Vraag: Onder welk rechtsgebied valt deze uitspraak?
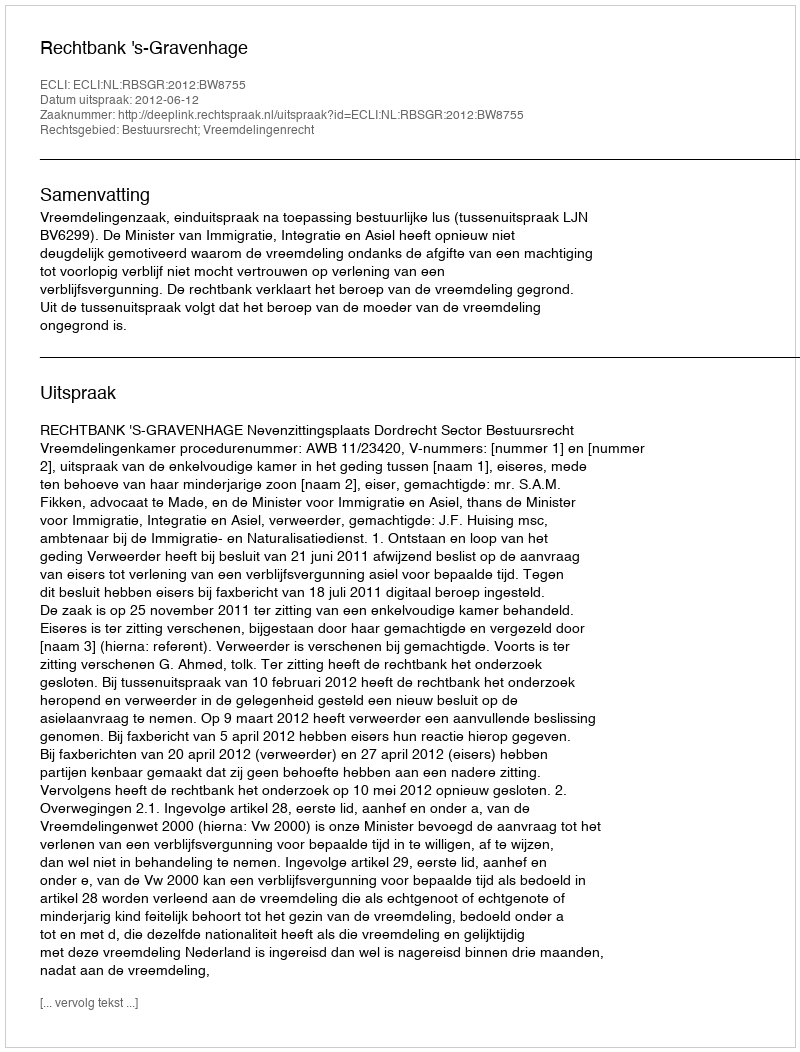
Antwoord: Bestuursrecht; Vreemdelingenrecht